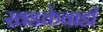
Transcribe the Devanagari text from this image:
खडकेवाडी